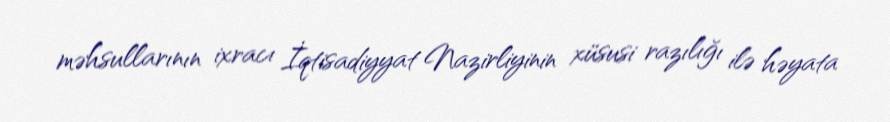
məhsullarının ixracı İqtisadiyyat Nazirliyinin xüsusi razılığı ilə həyata